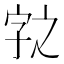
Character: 𭓆